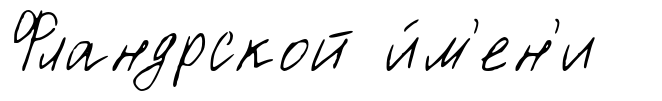
Фландрской и́м'ен'и